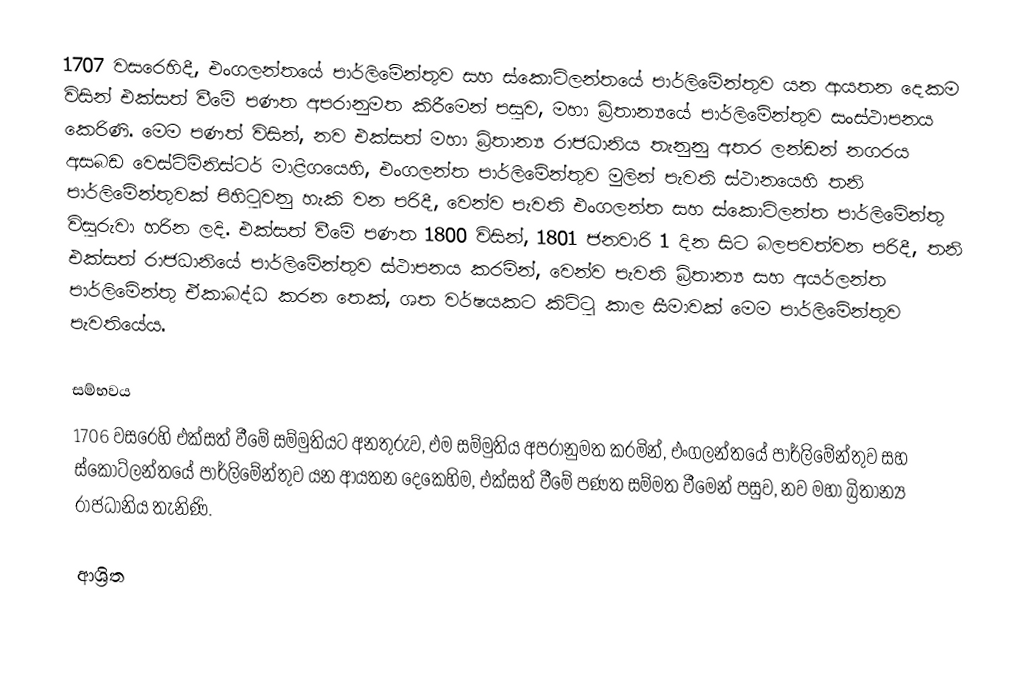
1707 වසරෙහිදී, එංගලන්තයේ පාර්ලිමේන්තුව සහ ස්කොට්ලන්තයේ පාර්ලිමේන්තුව යන ආයතන දෙකම විසින්  එක්සත් වීමේ පණත  අපරානුමත කිරීමෙන් පසුව, මහා බ්‍රිතාන්‍යයේ පාර්ලිමේන්තුව සංස්ථාපනය කෙරිණි. මෙම පණත් විසින්, නව එක්සත් මහා බ්‍රිතාන්‍ය රාජධානිය තැනුනු අතර  ලන්ඩන් නගරය අසබඩ   වෙස්ට්මිනිස්ටර් මාළිගයෙහි, එංගලන්ත පාර්ලිමේන්තුව මුලින් පැවති ස්ථානයෙහි තනි පාර්ලිමේන්තුවක් පිහිටුවනු හැකි වන පරිදී, වෙන්ව පැවති එංගලන්ත සහ ස්කොට්ලන්ත පාර්ලිමේන්තු විසුරුවා හරින ලදි. එක්සත් වීමේ පණත 1800 විසින්, 1801 ජනවාරි 1 දින සිට බලපවත්වන පරිදී,  තනි එක්සත් රාජධානියේ පාර්ලිමේන්තුව  ස්ථාපනය කරමින්, වෙන්ව පැවති බ්‍රිතාන්‍ය සහ අයර්ලන්ත පාර්ලිමේන්තු ඒකාබද්ධ කරන තෙක්,   ශත වර්ෂයකට කිට්ටු කාල සීමාවක් මෙම පාර්ලිමේන්තුව පැවතියේය.

සම්භවය
1706 වසරෙහි එක්සත් වීමේ සම්මුතියට අනතුරුව, එම සම්මුතිය අපරානුමත කරමින්, එංගලන්තයේ පාර්ලිමේන්තුව සහ ස්කොට්ලන්තයේ පාර්ලිමේන්තුව යන ආයතන දෙකෙහිම,    එක්සත් වීමේ පණත සම්මත වීමෙන් පසුව, නව මහා බ්‍රිතාන්‍ය රාජධානිය තැනිණි.

ආශ්‍රිත